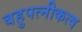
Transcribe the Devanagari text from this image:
बहुपत्नीकत्व